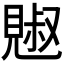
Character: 𧡕